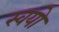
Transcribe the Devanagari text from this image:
स्वयो